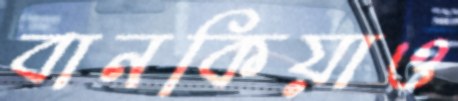
বানকিয়াও